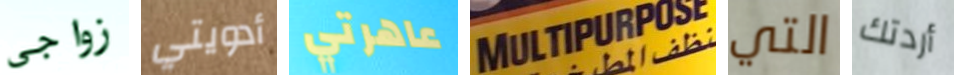
زواجى أدويتي عاهرتي MULTIPURPOSE التي أردتك